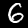
Digit: 6